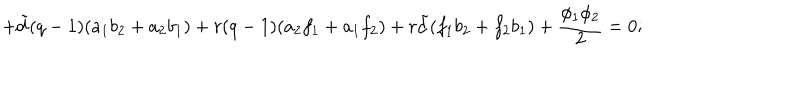
LaTeX: + { \tilde { d } } ( q - 1 ) ( a _ { 1 } b _ { 2 } + a _ { 2 } b _ { 1 } ) + r ( q - 1 ) ( a _ { 2 } f _ { 1 } + a _ { 1 } f _ { 2 } ) + r { \tilde { d } } ( f _ { 1 } b _ { 2 } + f _ { 2 } b _ { 1 } ) + \frac { \phi _ { 1 } \phi _ { 2 } } { 2 } = 0 ;